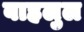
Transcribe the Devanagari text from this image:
बाहलुल